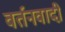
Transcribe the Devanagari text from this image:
वर्तनवादी